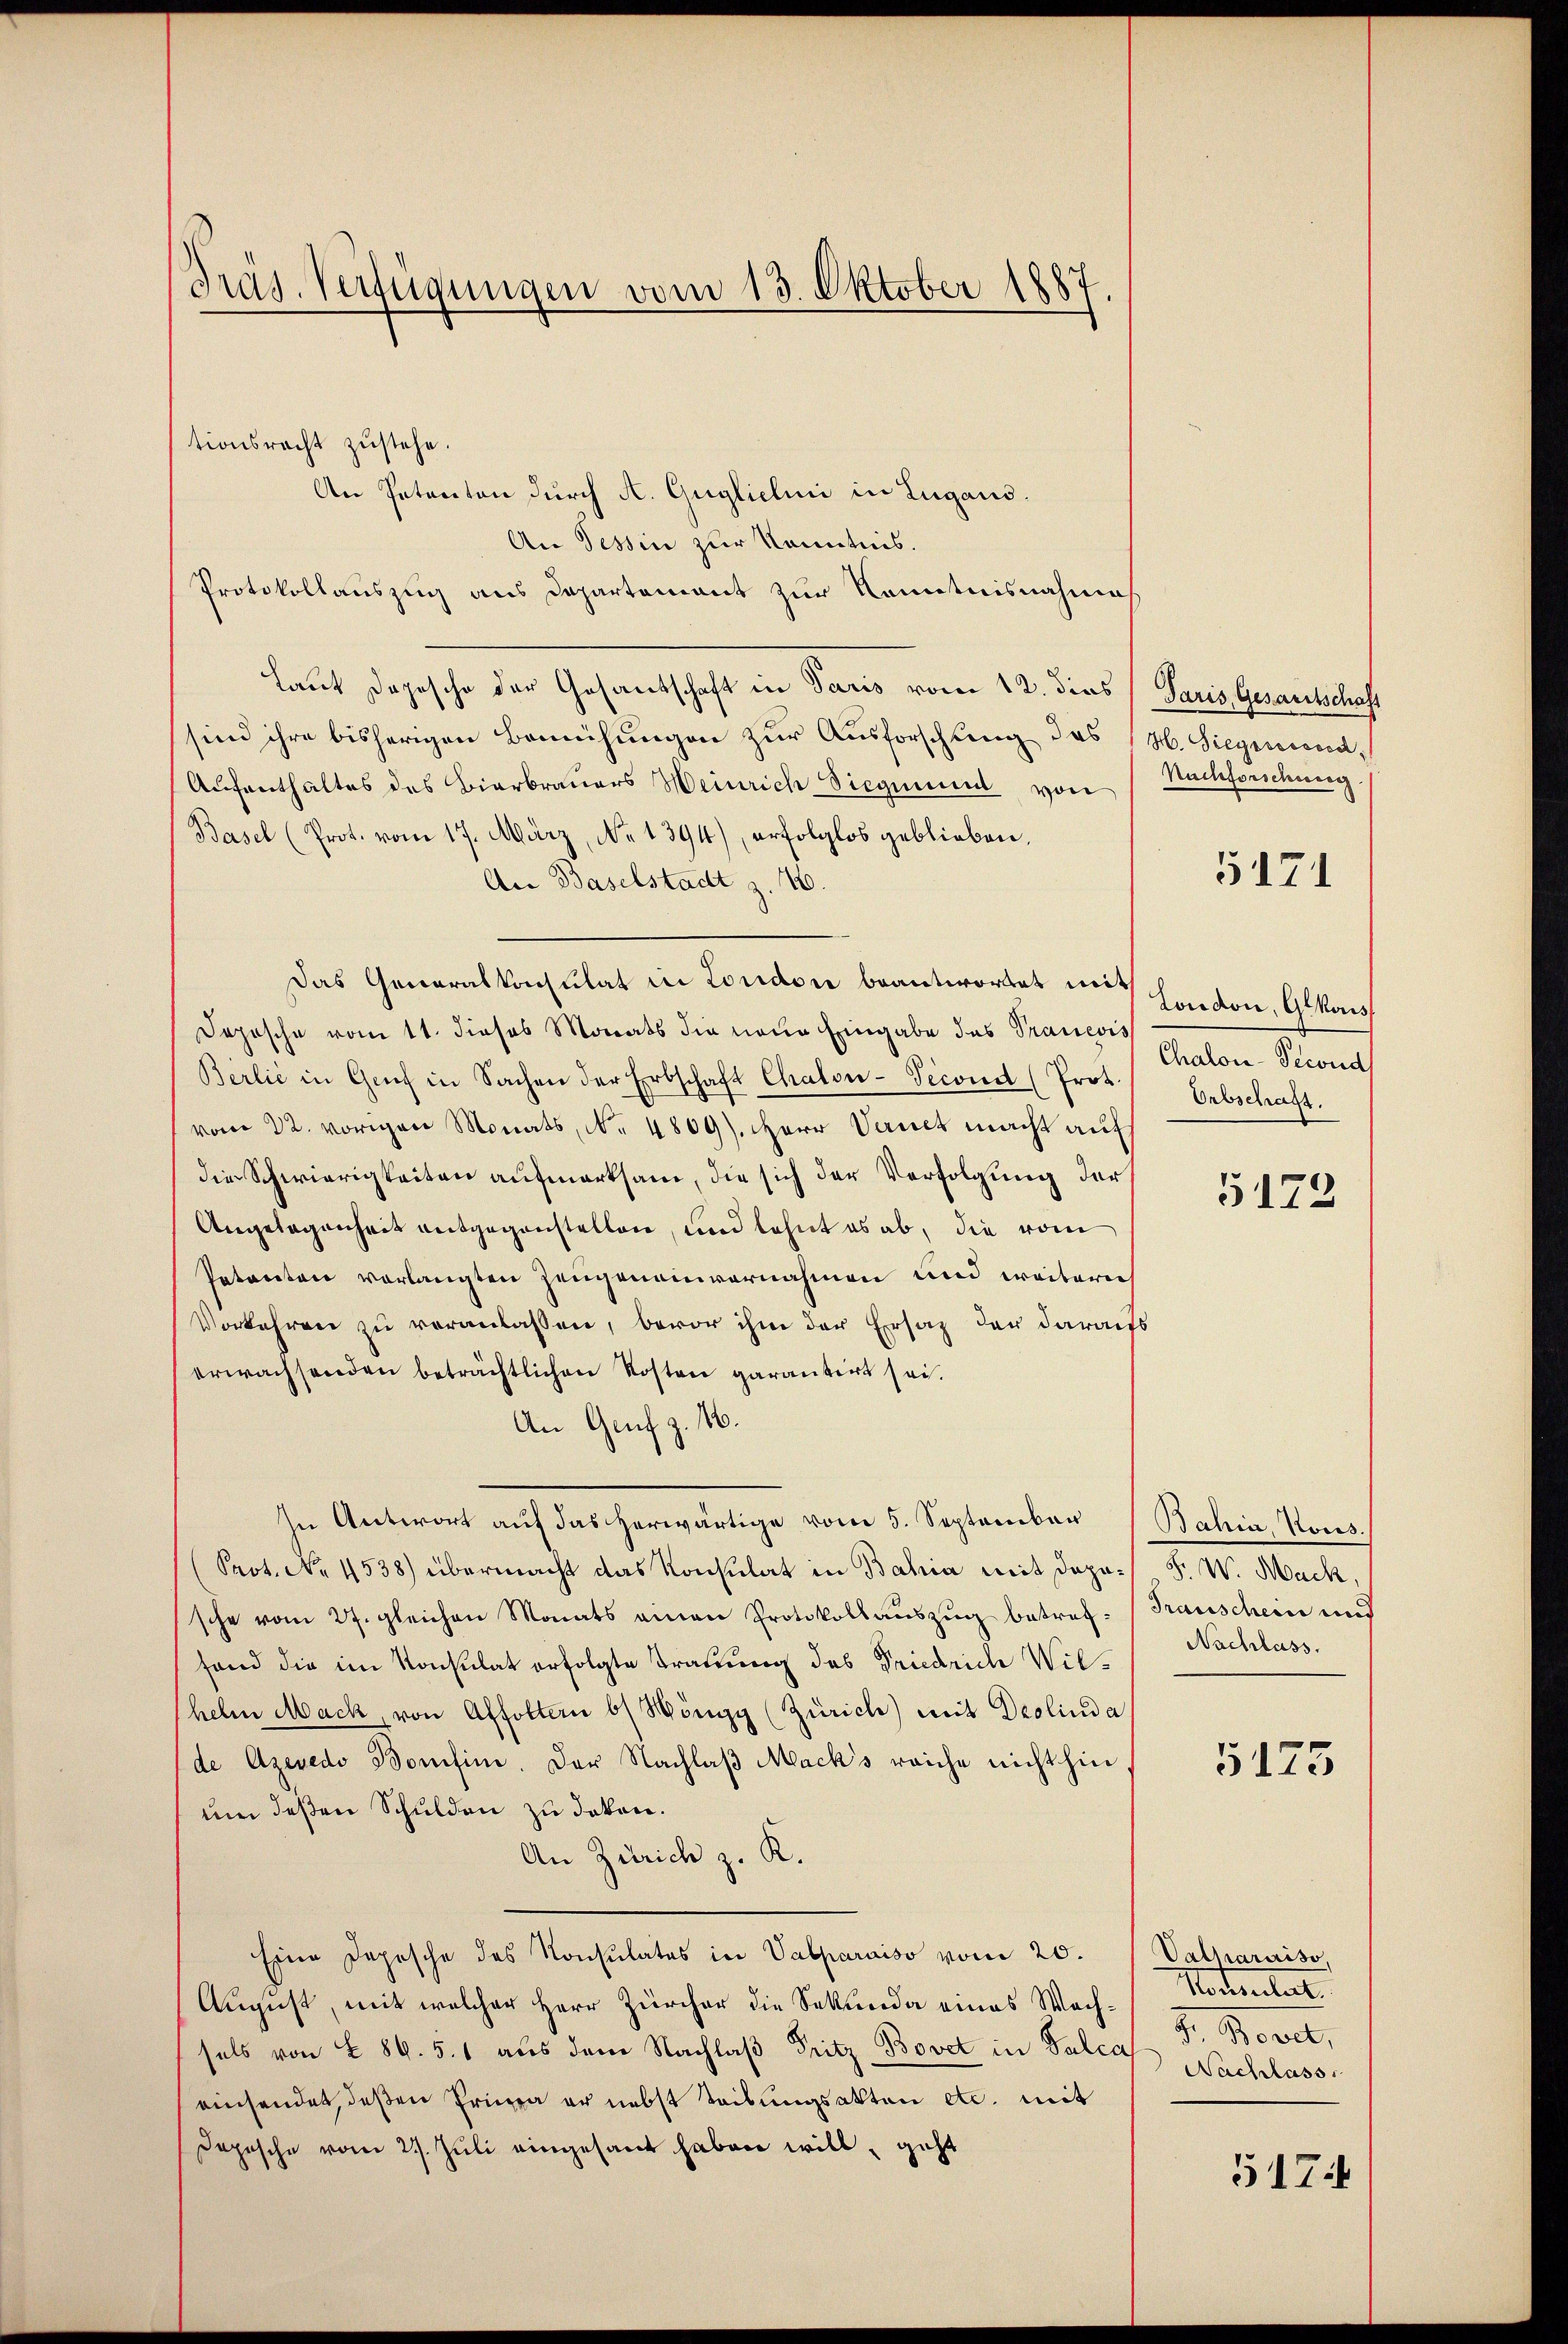
Präs. Verfügungen vom 13. Oktober 1887

tionsrecht zustehe.
An Petenten durch A. Guglichni in Lugans.
An Tessin zur Kenntnis.
Protokollauszug aus Departement zur Kenntnisnahmes.
Laut Dojesche der Gesandschaft in Paris vom 12. dies Paris Gesandtschaft
sind ihre bisherigen Bemühungen zur Ausforschung des (H. Siegereind¬
Aufenthaltes des Bierbrauers Heinrich Siegmunal von
Basel (Prot. vom 17. März, No 1394), erfolglos geblieben.
An Baselstadt z. 16.
Das Generalkonsulat in London beantwortet mith
Jojesche vom 11. dieses Monats die neue Eingabe des Pranevis
Berlić in Genf in Sachen der Erbschaft Chalon-Teconst (Prot.
vom 22. vorigen Monats, No. 4809). Herr Vernet macht auf
die Schwierigkeiten aufmerksam, die sich der Verfolgung der 179
Angelegenheit entgegenstellen, und lehnt es ab, die vom
Patareten vorlangten Zeugeneinvernahmen und weitere
Vorkehren zu veranlassen, bevor ihm der Ersatz der daraufs
erwachsenden beträchtlichen Kosten garantirt sei.
An Genf z. 16.
In Antwort auf das herwärtige vom 5. September Bahia, Kons.
Prot. No. 4538) übermacht das Konsulat in Bahia mit Depo-F. W. Mack,
sche vom 27. gleichen Monats einen Protokollauszug betref- (Transchein und
fand die im Konsulat erfolgte Trauung des Friedrich Wilhelm Mack, von Affoltern b/ Möngg (Zürich) mit Deolind a
(de Azevedo Bonifin. Der Nachlaß Mack’s reiche nicht hin
um deßen Schulden zu doten.
An Zürich z. K.
Eine Depesche des Konsulates in Vabparaiso vom 20.
August, mit welcher Herr Zürcher die Sekunda eines Wachsals von § 86. 51 aus dem Nachlaβ Fritz Bovet in Paler Nachlass
einsendet, deßen Prima er nebst Tribungsakten etc. mit
Dopische vom 27. Juli eingesant haben will, geht

Nachforschwurg

5171

London, Alkanis
Chalon-Second
Orbschaft.

Nachlass.

5175

Vathariiso,
Patentat
J. Bovet,

517.